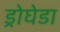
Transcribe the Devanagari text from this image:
ड्रोघेडा